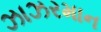
ઝાઝરમાન